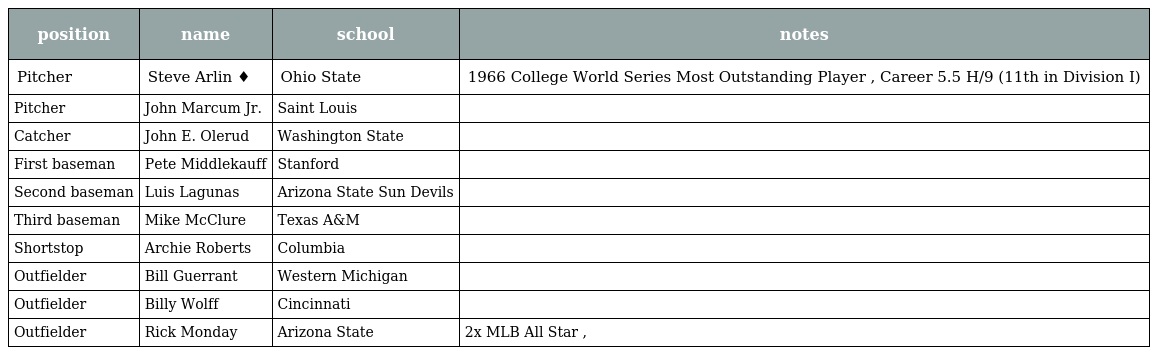
| position | name | school | notes |
 | --- | --- | --- | --- |
 | Pitcher | Steve Arlin ♦ | Ohio State | 1966 College World Series Most Outstanding Player , Career 5.5 H/9 (11th in Division I) |
 | Pitcher | John Marcum Jr. | Saint Louis |  |
 | Catcher | John E. Olerud | Washington State |  |
 | First baseman | Pete Middlekauff | Stanford |  |
 | Second baseman | Luis Lagunas | Arizona State Sun Devils |  |
 | Third baseman | Mike McClure | Texas A&M |  |
 | Shortstop | Archie Roberts | Columbia |  |
 | Outfielder | Bill Guerrant | Western Michigan |  |
 | Outfielder | Billy Wolff | Cincinnati |  |
 | Outfielder | Rick Monday | Arizona State | 2x MLB All Star , |